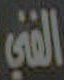
الفني